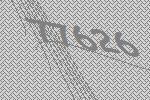
77626